Vaccination in Burma 1920-1933 - 1920-1933
Year: 1920
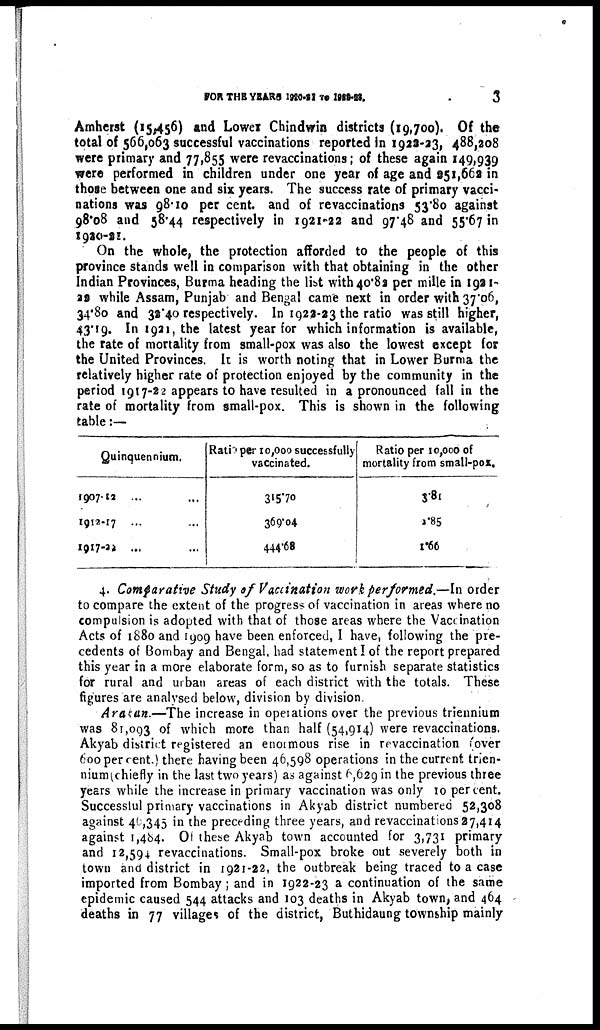
FOR THE YEARS 1920-21 TO 1922-23.
3
Amherst (15,456) and Lower Chindwin districts (19,700). Of the
total of 566,063 successful vaccinations reported in 1922-23, 488,208
were primary and 77,855 were revaccinations; of these again 149,939
were performed in children under one year of age and 251,662 in
those between one and six years. The success rate of primary vacci-
nations was 98.10 per cent. and of revaccinations 53.80 against
98.08 and 58.44 respectively in 1921-22 and 97.48 and 55.67 in
1920-21.
On the whole, the protection afforded to the people of this
province stands well in comparison with that obtaining in the other
Indian Provinces, Burma heading the list with 40.82 per mille in 1921-
22 while Assam, Punjab and Bengal came next in order with 37.06,
34.80 and 32.40 respectively. In 1922-23 the ratio was still higher,
43.19. In 1921, the latest year for which information is available,
the rate of mortality from small-pox was also the lowest except for
the United Provinces. It is worth noting that in Lower Burma the
relatively higher rate of protection enjoyed by the community in the
period 1917-22 appears to have resulted in a pronounced fall in the
rate of mortality from small-pox. This is shown in the following
table:—
Quinquennium.
1907-12 ... ...
1912-17 ... ...
1917-22 ... ...
Ratio per 10,000 successfully
vaccinated.
315.70
369.04
444.68
Ratio per 10,000 of
mortality from small-pox.
3.81
1.85
1.66
4. Comparative Study of Vaccination work performed.—In order
to compare the extent of the progress of vaccination in areas where no
compulsion is adopted with that of those areas where the Vaccination
Acts of 1880 and 1909 have been enforced, I have, following the pre-
cedents of Bombay and Bengal, had statement I of the report prepared
this year in a more elaborate form, so as to furnish separate statistics
for rural and urban areas of each district with the totals. These
figures are analysed below, division by division.
Arakan.—The increase in operations over the previous triennium
was 81,093 of which more than half (54,914) were revaccinations.
Akyab district registered an enormous rise in revaccination (over
600 per cent.) there having been 46,598 operations in the current trien-
nium(chiefly in the last two years) as against 6,629 in the previous three
years while the increase in primary vaccination was only 10 percent.
Successful primary vaccinations in Akyab district numbered 52,308
against 46,345 in the preceding three years, and revaccinations27,414
against 1,484. Of these Akyab town accounted for 3,731 primary
and 12,594 revaccinations. Small-pox broke out severely both in
town and district in 1921-22, the outbreak being traced to a case
imported from Bombay; and in 1922-23 a continuation of the same
epidemic caused 544 attacks and 103 deaths in Akyab town, and 464
deaths in 77 villages of the district, Buthidaung township mainly